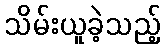
သိမ်းယူခဲ့သည့်